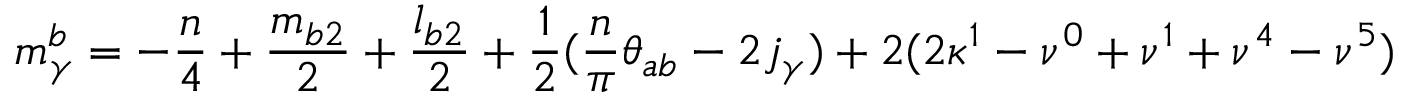
m _ { \gamma } ^ { b } = - \frac { n } { 4 } + \frac { m _ { b 2 } } { 2 } + \frac { l _ { b 2 } } { 2 } + \frac { 1 } { 2 } ( \frac { n } { \pi } \theta _ { a b } - 2 j _ { \gamma } ) + 2 ( 2 \kappa ^ { 1 } - \nu ^ { 0 } + \nu ^ { 1 } + \nu ^ { 4 } - \nu ^ { 5 } )